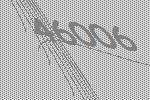
46006